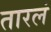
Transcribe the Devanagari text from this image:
तारलं